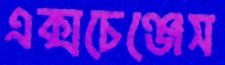
এক্সচেঞ্জেস